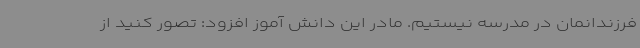
فرزندانمان در مدرسه نیستیم. مادر این دانش آموز افزود: تصور کنید از